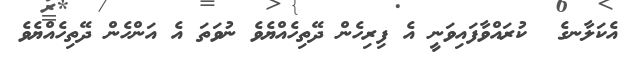
އެކަލާނގެ  ކުރައްވާފައިވަނީ އެ ފިރިހެން ދޭތިހެއްޔެވެ ނުވަތަ އެ އަންހެން ދޭތިހެއްޔެވެެ